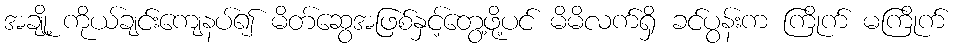
အချို့ ကိုယ်ချင်းကျေနပ်၍ မိတ်ဆွေအဖြစ်နှင့်တွေ့ဖို့ပင် မိမိလက်ရှိ ခင်ပွန်းက ကြိုက် မကြိုက်